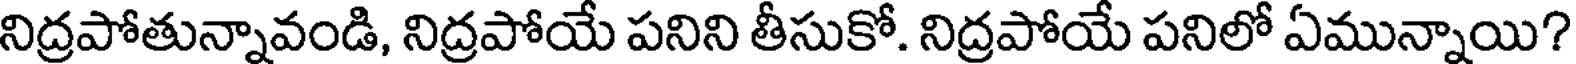
నిద్రపోతున్నావండి, నిద్రపోయే పనిని తీసుకో. నిద్రపోయే పనిలో ఏమున్నాయి?